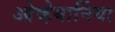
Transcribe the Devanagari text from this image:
ओव्हेयार्निया